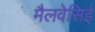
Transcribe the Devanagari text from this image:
मैलवेसिई